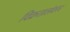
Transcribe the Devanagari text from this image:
विक्रतालंकार